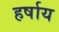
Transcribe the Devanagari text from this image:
हर्षाय